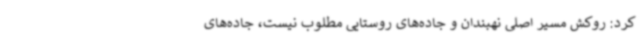
کرد: روکش مسیر اصلی نهبندان و جاده‌های روستایی مطلوب نیست، جاده‌های